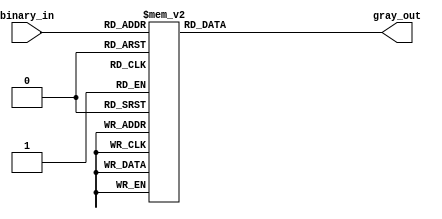
module gray_priority_encoder(
    input [3:0] binary_in,
    output reg [1:0] gray_out
);

always @(*) begin
    case(binary_in)
        4'b0001: gray_out = 2'b00;
        4'b0010: gray_out = 2'b01;
        4'b0011: gray_out = 2'b11;
        4'b0100: gray_out = 2'b10;
        4'b0101: gray_out = 2'b11;
        4'b0110: gray_out = 2'b10;
        4'b0111: gray_out = 2'b11;
        4'b1000: gray_out = 2'b00;
        4'b1001: gray_out = 2'b01;
        4'b1010: gray_out = 2'b11;
        4'b1011: gray_out = 2'b11;
        4'b1100: gray_out = 2'b10;
        4'b1101: gray_out = 2'b11;
        4'b1110: gray_out = 2'b11;
        4'b1111: gray_out = 2'b11;
        default: gray_out = 2'b00;
    endcase
end

endmodule